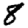
Digit: 8